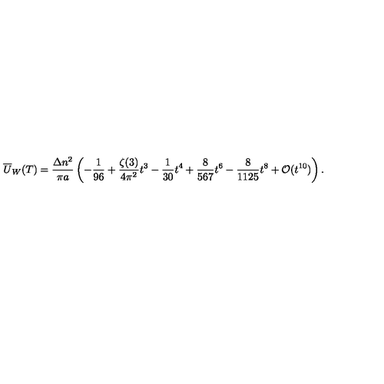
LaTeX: \overline { { U } } _ { W } ( T ) = \frac { \Delta n ^ { 2 } } { \pi a } \left( - \frac { 1 } { 9 6 } + \frac { \zeta ( 3 ) } { 4 \pi ^ { 2 } } t ^ { 3 } - \frac { 1 } { 3 0 } t ^ { 4 } + \frac { 8 } { 5 6 7 } t ^ { 6 } - \frac { 8 } { 1 1 2 5 } t ^ { 8 } + { \cal O } ( t ^ { 1 0 } ) \right) { . }